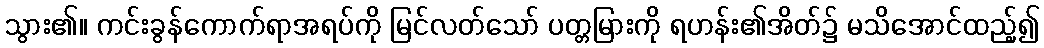
သွား၏။ ကင်းခွန်ကောက်ရာအရပ်ကို မြင်လတ်သော် ပတ္တမြားကို ရဟန်း၏အိတ်၌ မသိအောင်ထည့်၍